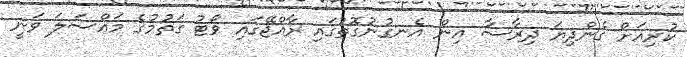
ކުރިއަށް ގެންދިޔަ ދިރާސާ އިން އެނގުނުގޮތުގައި ރާއްޖޭގައި ވޯޓު ގަތުމުގެ މައްސަލަ ވަނީ